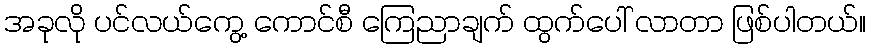
အခုလို ပင်လယ်ကွေ့ ကောင်စီ ကြေညာချက် ထွက်ပေါ် လာတာ ဖြစ်ပါတယ်။